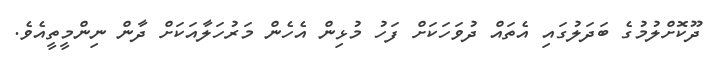
ދޫކޮށްލުމުގެ ބަދަލުގައި އެތައް ދުވަހަކަށް ފަހު މުޅިން އެހެން މަރުހަލާއަކަށް ދާން ނިންމީތީއެވެ.